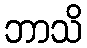
ဘာသိ